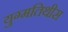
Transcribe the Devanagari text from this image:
युग्मतिथीस